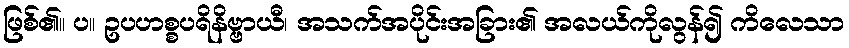
ဖြစ်၏။ ပ။ ဥပဟစ္စပရိနိဗ္ဗာယီ၊ အသက်အပိုင်းအခြား၏ အလယ်ကိုလွန်၍ ကိလေသာ